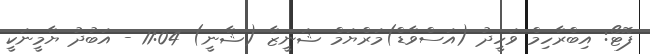
ފޮޓޯ: އިބްރާހިމް ވަހީދު (އަސްވާޑް)މަރްޔަމް ޝަނީޒާ (ޝާނީ) 11:04 - އަބުދު ޔާމީނަކީ